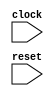
module RightShiftTester(
  input   clock,
  input   reset
);
`ifdef RANDOMIZE_REG_INIT
  reg [31:0] _RAND_0;
`endif // RANDOMIZE_REG_INIT
  reg [1:0] T_6;
  wire  T_8 = T_6 == 2'h3;
  wire [1:0] T_14 = T_6 + 2'h1;
  wire  T_18 = ~reset;
  always @(posedge clock) begin
    if (reset) begin
      T_6 <= 2'h0;
    end else begin
      T_6 <= T_14;
    end
    `ifndef SYNTHESIS
    `ifdef STOP_COND
      if (`STOP_COND) begin
    `endif
        if (T_8 & T_18) begin
          $finish;
        end
    `ifdef STOP_COND
      end
    `endif
    `endif // SYNTHESIS
  end
// Register and memory initialization
`ifdef RANDOMIZE_GARBAGE_ASSIGN
`define RANDOMIZE
`endif
`ifdef RANDOMIZE_INVALID_ASSIGN
`define RANDOMIZE
`endif
`ifdef RANDOMIZE_REG_INIT
`define RANDOMIZE
`endif
`ifdef RANDOMIZE_MEM_INIT
`define RANDOMIZE
`endif
`ifndef RANDOM
`define RANDOM $random
`endif
`ifdef RANDOMIZE_MEM_INIT
  integer initvar;
`endif
`ifndef SYNTHESIS
`ifdef FIRRTL_BEFORE_INITIAL
`FIRRTL_BEFORE_INITIAL
`endif
initial begin
  `ifdef RANDOMIZE
    `ifdef INIT_RANDOM
      `INIT_RANDOM
    `endif
    `ifndef VERILATOR
      `ifdef RANDOMIZE_DELAY
        #`RANDOMIZE_DELAY begin end
      `else
        #0.002 begin end
      `endif
    `endif
`ifdef RANDOMIZE_REG_INIT
  _RAND_0 = {1{`RANDOM}};
  T_6 = _RAND_0[1:0];
`endif // RANDOMIZE_REG_INIT
  `endif // RANDOMIZE
end // initial
`ifdef FIRRTL_AFTER_INITIAL
`FIRRTL_AFTER_INITIAL
`endif
`endif // SYNTHESIS
endmodule